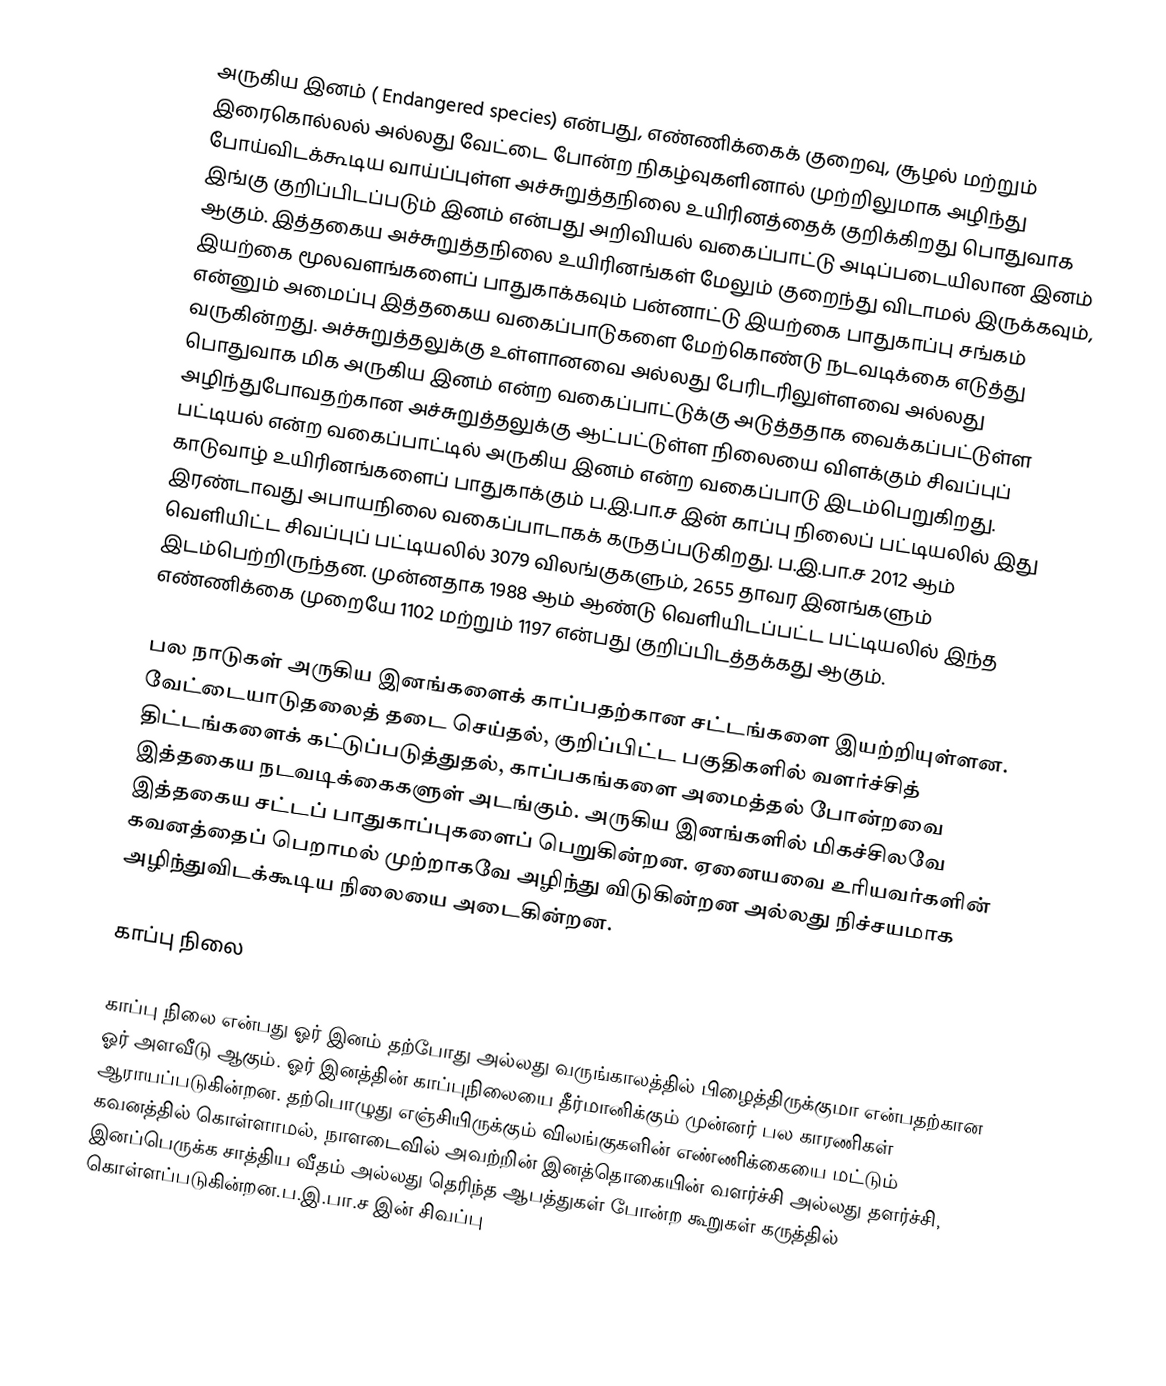
அருகிய இனம் ( Endangered species) என்பது, எண்ணிக்கைக் குறைவு, சூழல் மற்றும்  இரைகொல்லல் அல்லது வேட்டை போன்ற நிகழ்வுகளினால் முற்றிலுமாக அழிந்து போய்விடக்கூடிய வாய்ப்புள்ள அச்சுறுத்தநிலை உயிரினத்தைக் குறிக்கிறது பொதுவாக இங்கு குறிப்பிடப்படும் இனம் என்பது அறிவியல் வகைப்பாட்டு அடிப்படையிலான இனம் ஆகும். இத்தகைய அச்சுறுத்தநிலை உயிரினங்கள் மேலும் குறைந்து விடாமல் இருக்கவும், இயற்கை மூலவளங்களைப் பாதுகாக்கவும் பன்னாட்டு இயற்கை பாதுகாப்பு சங்கம் என்னும் அமைப்பு இத்தகைய வகைப்பாடுகளை மேற்கொண்டு நடவடிக்கை எடுத்து வருகின்றது. அச்சுறுத்தலுக்கு உள்ளானவை அல்லது பேரிடரிலுள்ளவை அல்லது பொதுவாக மிக அருகிய இனம் என்ற வகைப்பாட்டுக்கு அடுத்ததாக வைக்கப்பட்டுள்ள அழிந்துபோவதற்கான அச்சுறுத்தலுக்கு ஆட்பட்டுள்ள நிலையை விளக்கும் சிவப்புப் பட்டியல் என்ற வகைப்பாட்டில் அருகிய இனம் என்ற வகைப்பாடு இடம்பெறுகிறது. காடுவாழ் உயிரினங்களைப் பாதுகாக்கும் ப.இ.பா.ச இன் காப்பு நிலைப் பட்டியலில் இது இரண்டாவது அபாயநிலை வகைப்பாடாகக் கருதப்படுகிறது. ப.இ.பா.ச 2012 ஆம் வெளியிட்ட சிவப்புப் பட்டியலில் 3079 விலங்குகளும், 2655 தாவர இனங்களும் இடம்பெற்றிருந்தன. முன்னதாக 1988 ஆம் ஆண்டு வெளியிடப்பட்ட பட்டியலில் இந்த எண்ணிக்கை முறையே 1102 மற்றும் 1197 என்பது குறிப்பிடத்தக்கது ஆகும்.

பல நாடுகள் அருகிய இனங்களைக் காப்பதற்கான சட்டங்களை இயற்றியுள்ளன. வேட்டையாடுதலைத் தடை செய்தல், குறிப்பிட்ட பகுதிகளில் வளர்ச்சித் திட்டங்களைக் கட்டுப்படுத்துதல், காப்பகங்களை அமைத்தல் போன்றவை இத்தகைய நடவடிக்கைகளுள் அடங்கும். அருகிய இனங்களில் மிகச்சிலவே இத்தகைய சட்டப் பாதுகாப்புகளைப் பெறுகின்றன. ஏனையவை உரியவர்களின் கவனத்தைப் பெறாமல் முற்றாகவே அழிந்து விடுகின்றன அல்லது நிச்சயமாக அழிந்துவிடக்கூடிய நிலையை அடைகின்றன.

காப்பு நிலை

காப்பு நிலை என்பது ஓர் இனம் தற்போது அல்லது வருங்காலத்தில் பிழைத்திருக்குமா என்பதற்கான ஓர் அளவீடு ஆகும். ஓர் இனத்தின் காப்புநிலையை தீர்மானிக்கும் முன்னர் பல காரணிகள் ஆராயப்படுகின்றன. தற்பொழுது எஞ்சியிருக்கும் விலங்குகளின் எண்ணிக்கையை மட்டும் கவனத்தில் கொள்ளாமல், நாளடைவில் அவற்றின் இனத்தொகையின் வளர்ச்சி அல்லது தளர்ச்சி, இனப்பெருக்க சாத்திய வீதம் அல்லது தெரிந்த ஆபத்துகள் போன்ற கூறுகள் கருத்தில் கொள்ளப்படுகின்றன.ப.இ.பா.ச இன் சிவப்பு